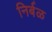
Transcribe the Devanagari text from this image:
निर्बळ